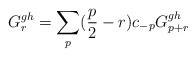
LaTeX: \begin{align*}G_r^{gh}= \sum_{p} ( \frac{p}{2} - r) c_{-p} G^{gh}_{p+r}\end{align*}